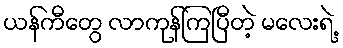
ယန်ကီတွေ လာကုန်ကြပြီတဲ့ မလေးရဲ့